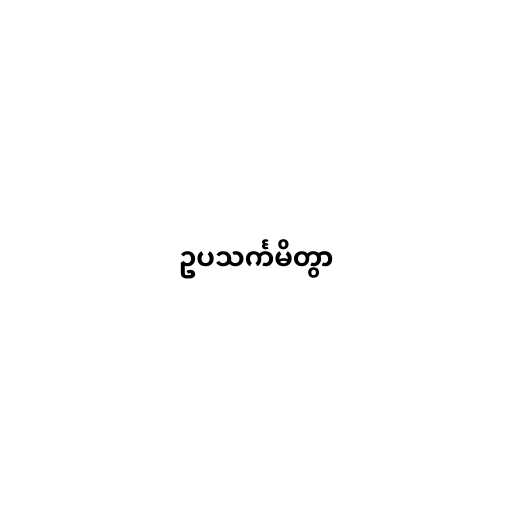
ဥပသင်္ကမိတွာ